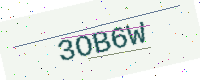
Text: 3OB6W